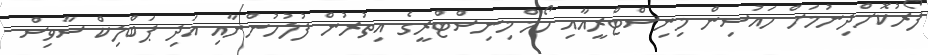
ފޯރުކޮށްދިނުމަށް ހައުސިން މިނިސްޓްރީއާއި ހޯމް މިނިސްޓްރީގެ އިތުރުން ފުލުހުންނާއި އަދި ޕަބްލިކް ސާވިސް